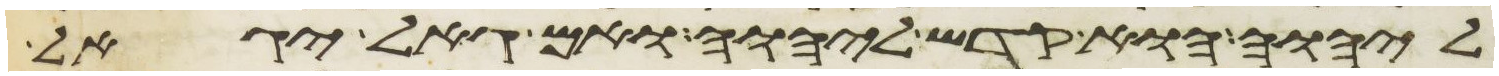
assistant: ליהוה הוא קדש ליהוה ואם גאל יגאל